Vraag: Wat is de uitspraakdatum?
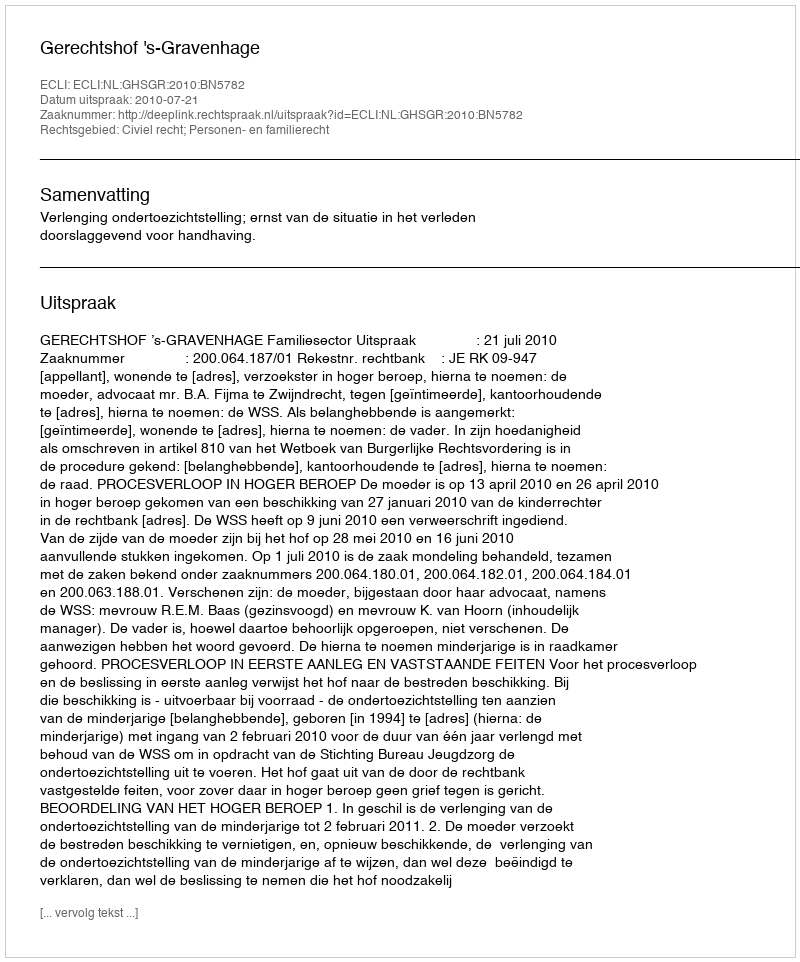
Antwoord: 2010-07-21